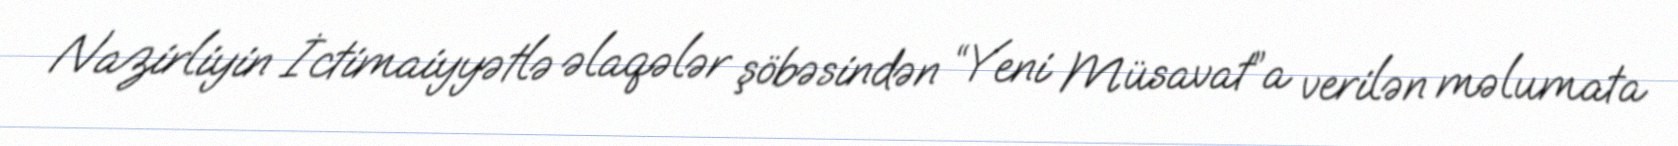
Nazirliyin İctimaiyyətlə əlaqələr şöbəsindən “Yeni Müsavat”a verilən məlumata